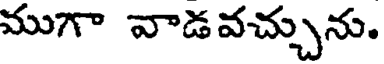
ముగా వాడవచ్చును.